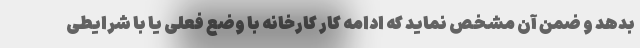
بدهد و ضمن آن مشخص نماید که ادامه کار کارخانه با وضع فعلی یا با شرایطی